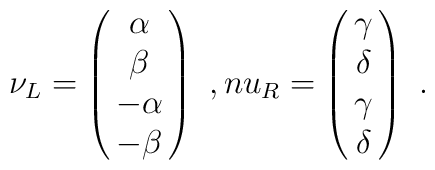
\nu_L = \pmatrix{\alpha\cr \beta\cr -\alpha\cr -\beta\cr} \ ,\ \\nu_R = \pmatrix{\gamma\cr \delta\cr \gamma\cr \delta\cr} \ .